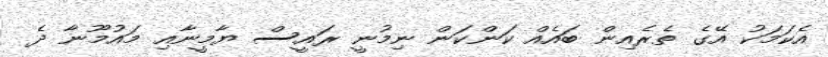
އެކަމަކު އޭގެ ތެރެއިން ބައެއް ކަންކަން ނިމުނީ ރައީސް ޔާމީނާއި މައުމޫނާ ދެ